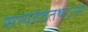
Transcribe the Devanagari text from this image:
सत्यदेवंतथाऽपरे।